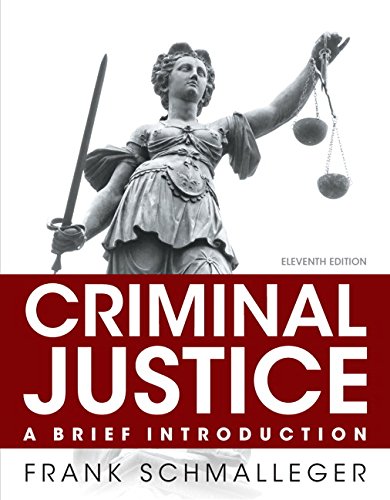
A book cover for Criminal Justice: A Brief Introduction (11th Edition); Frank J. Schmalleger; Law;